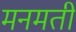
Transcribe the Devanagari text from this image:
मनमती